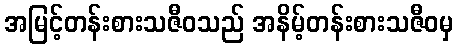
အမြင့်တန်းစားသဇီဝသည် အနိမ့်တန်းစားသဇီဝမှ